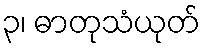
၃၊ ဓာတုသံယုတ်